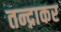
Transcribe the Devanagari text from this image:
तन्द्राकर